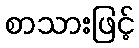
စာသားဖြင့်